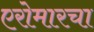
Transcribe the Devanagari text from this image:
एरोमारचा